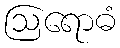
ဩရောဓံ